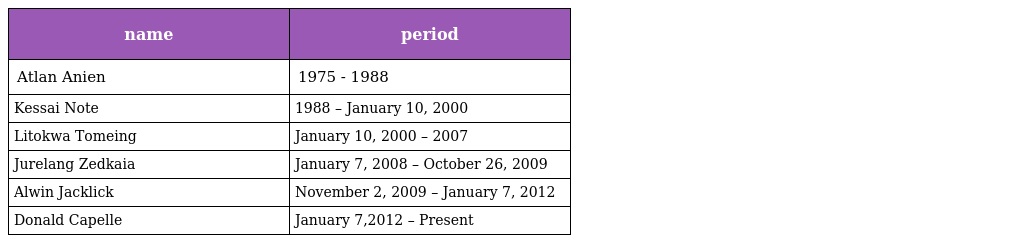
| name | period |
 | --- | --- |
 | Atlan Anien | 1975 - 1988 |
 | Kessai Note | 1988 – January 10, 2000 |
 | Litokwa Tomeing | January 10, 2000 – 2007 |
 | Jurelang Zedkaia | January 7, 2008 – October 26, 2009 |
 | Alwin Jacklick | November 2, 2009 – January 7, 2012 |
 | Donald Capelle | January 7,2012 – Present |